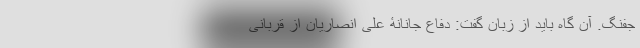
جفنگ. آن گاه باید از زبان گفت: دفاع جانانۀ علی انصاریان از قربانی